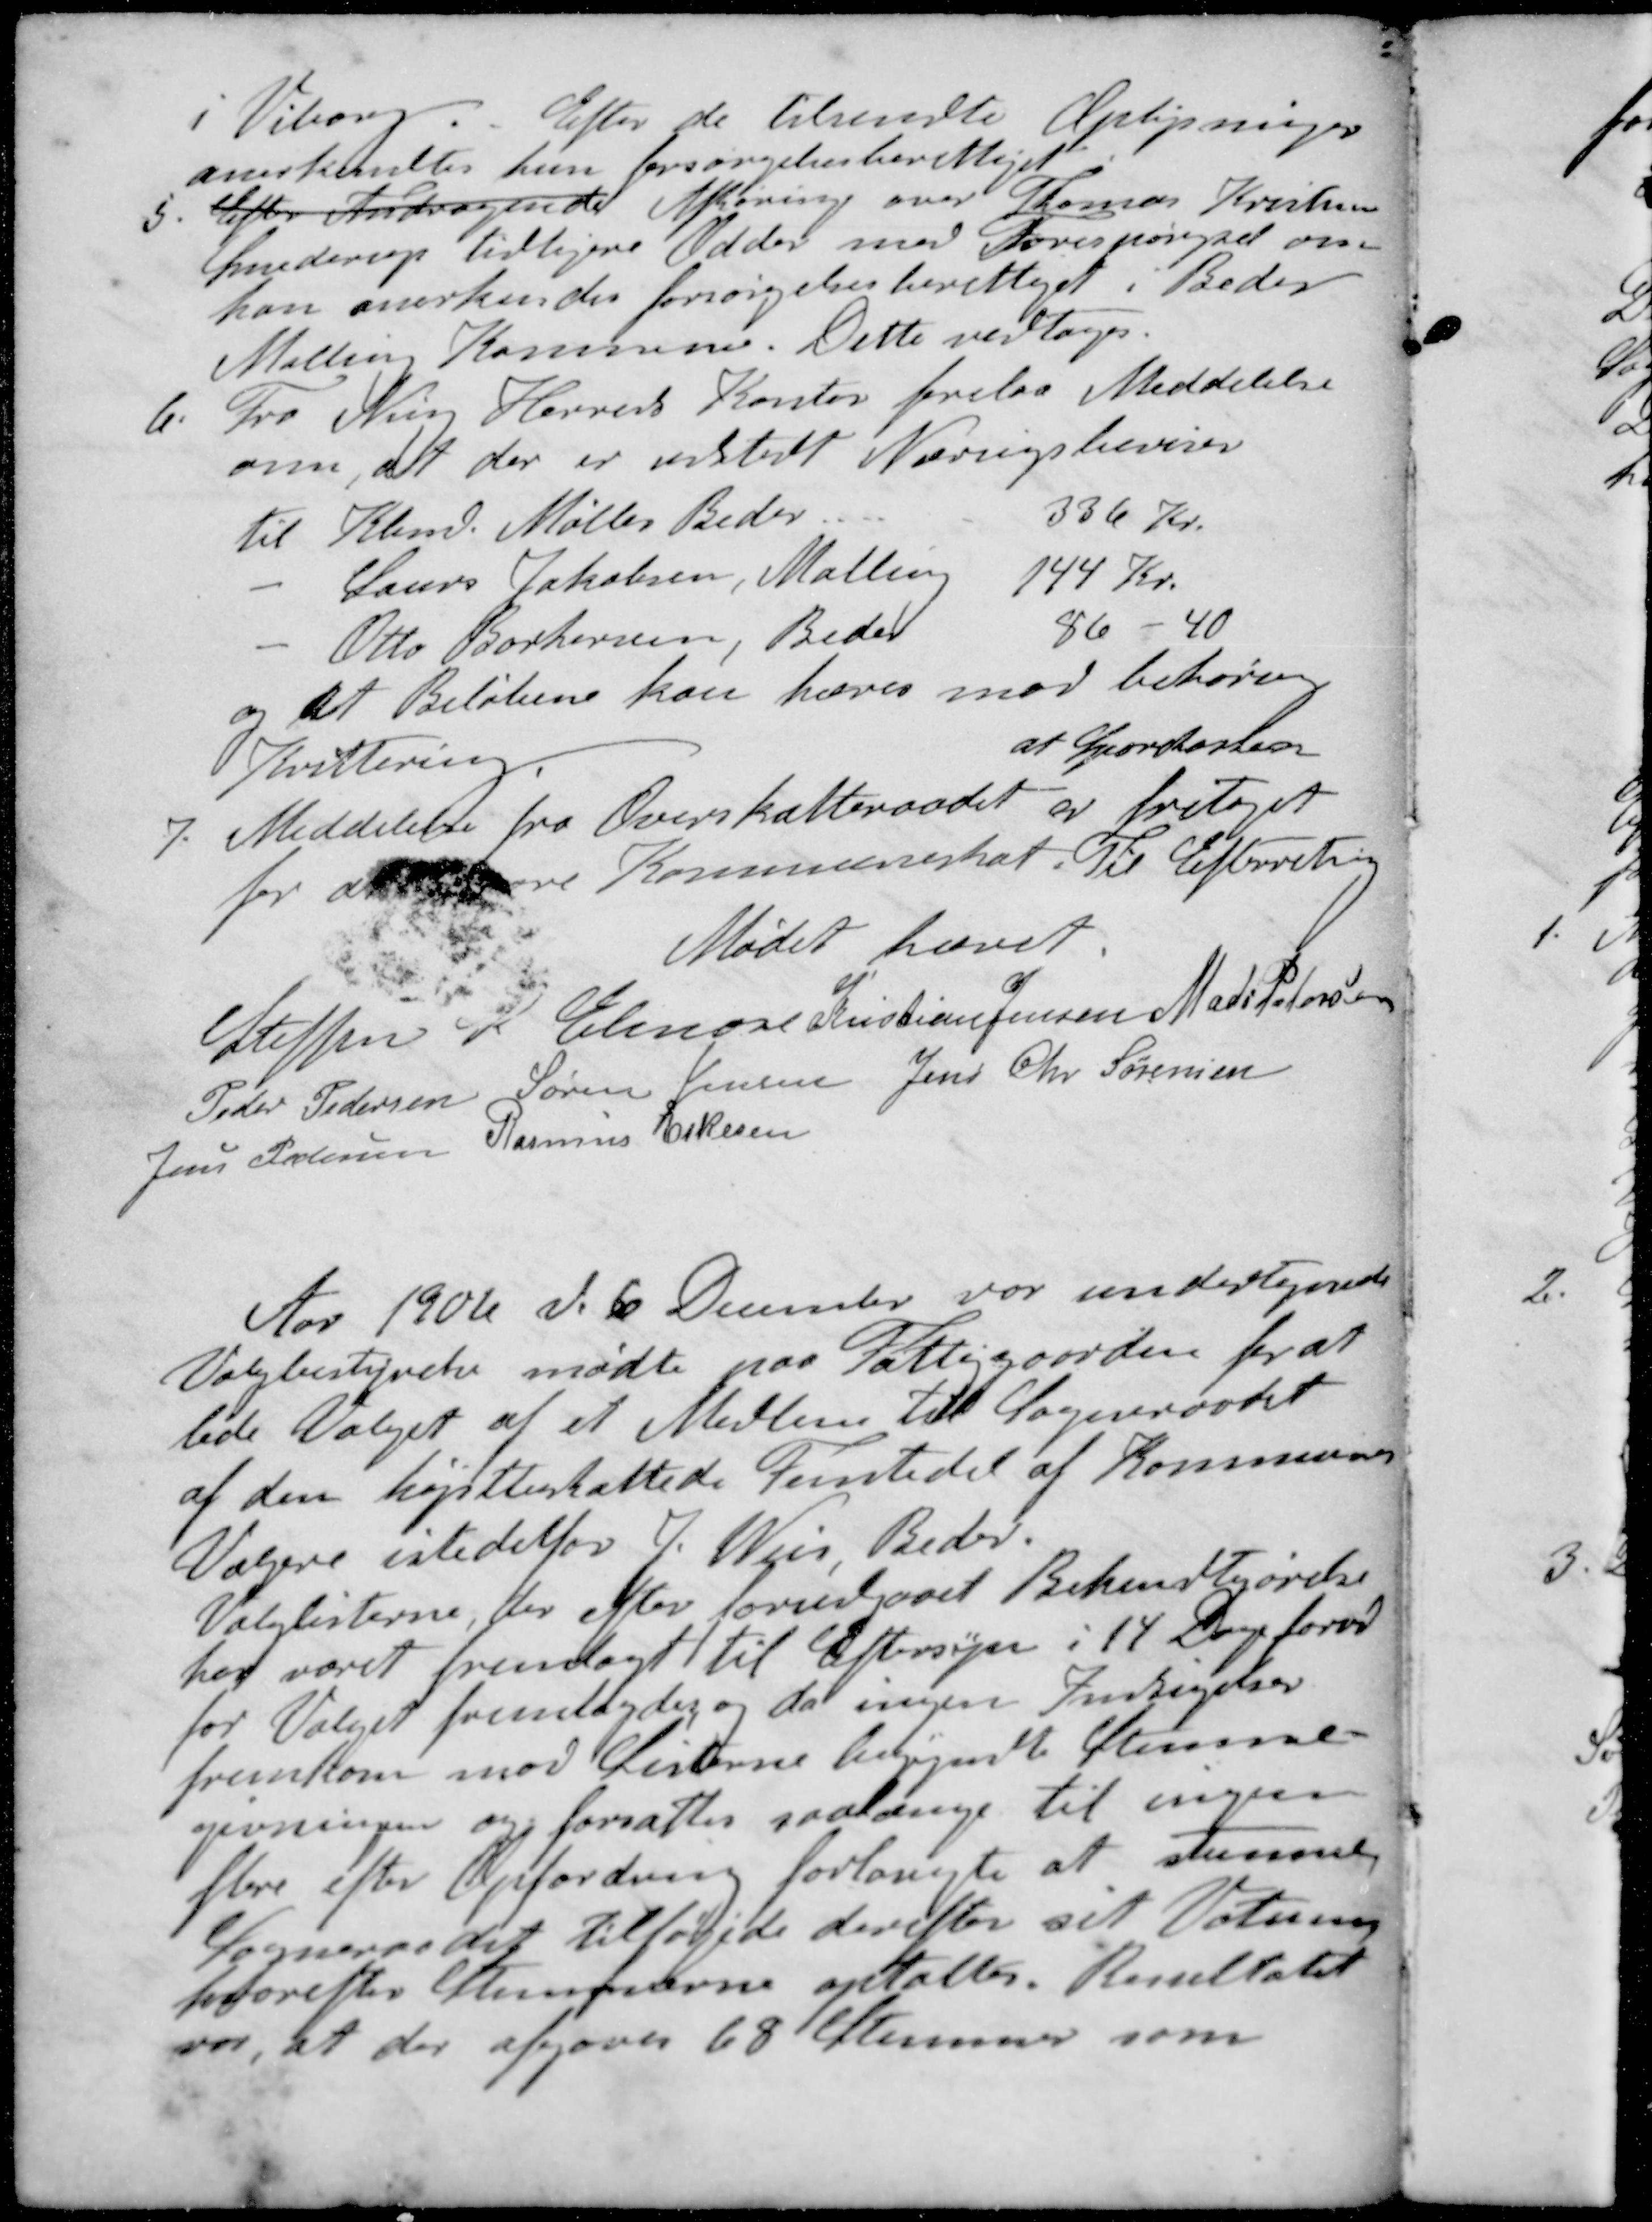
Transskription:
i Viborg. Efter de tilsendte Oplysninger
anerkendtes hun forsørgelsesberettiget
5. Efter Andragende Afhøring over Thomas Kristensen
Smederup tidligere Odder med Forespørgsel om
han anerkendes forsørgelsesberettiget i Beder
Malling Kommune. Dette vedtoges.
6. Fra Ning Herreds Kontor forelaa Meddelelse
om, at der er udstedt Næringsbeviser
til Kbmd. Møller Beder 336 Kr.
- Laurs Jakobsen, Malling 144 Kr.
- Otto Borhedsen Beder 86 - 40
og det Beløbene kan hæves mod behørig
Kvittering.
at Sparekassen
7. Meddelelse fra Overskatteraadet er fritaget
for at  Kommuneskat. Til Efterretning
Mødet hævet.
Steffen P Elmose
Kristian Jensen
Mads Petersen
Peder Pedersen
Søren Jensen
Jens Chr Sørensen
Jens Petersen
Rasmus Eskesen
Aar 1906 d. 6 December var undertegnede
Valgbestyrelse mødte paa Fattiggaarden for at
lede Valget af et Medlem til Sogneraadet
af den højstbeskattede Femtedel af Kommunens
Vælgere istedetfor J. Weis, Beder.
Valglisterne, der efter forudgaaet Bekendtgørelse
har været fremlagt til Eftersyn i 14 Dage forud
for Valget fremlagdes og da ingen Indsigelser
fremkom mod Listerne begyndte Stemme-
givningen og forsattes saalænge til ingen
flere efter Opfordring forlangte at stemme,
Sogneraadet tilføjede derefter sit Votering
hvorefter Stemmerne optaltes. Resultatet
vor, at der afgaves 68 Stemmer som